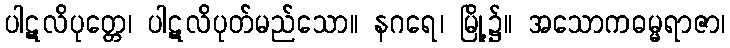
ပါဋလိပုတ္တေ၊ ပါဋလိပုတ်မည်သော။ နဂရေ၊ မြို့၌။ အသောကဓမ္မရာဇာ၊